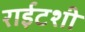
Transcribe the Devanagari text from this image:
राईटशी